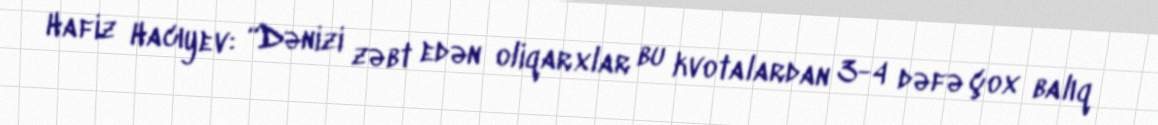
Hafiz Hacıyev: “Dənizi zəbt edən oliqarxlar bu kvotalardan 3-4 dəfə çox balıq